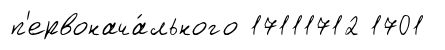
п'ервонача́льного 17111712 1701